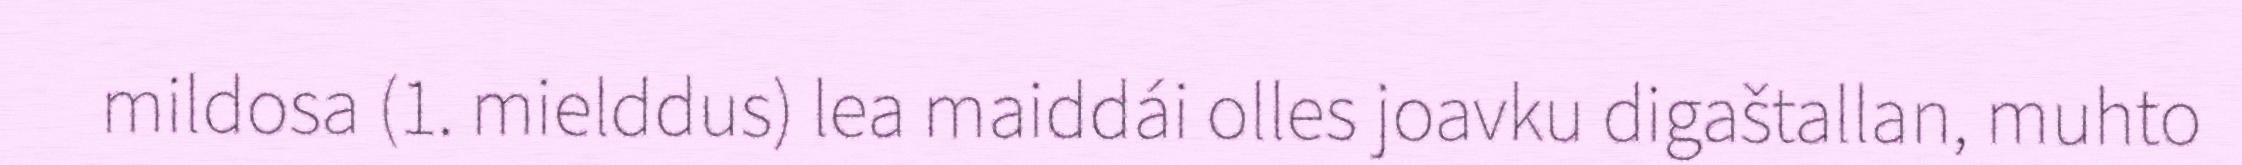
mildosa (1. mielddus) lea maiddái olles joavku digaštallan, muhto